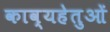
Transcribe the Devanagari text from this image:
काव्यहेतुओं